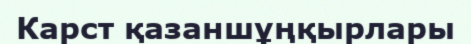
Карст қазаншұңқырлары